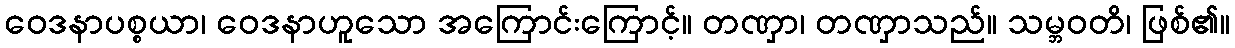
ဝေဒနာပစ္စယာ၊ ဝေဒနာဟူသော အကြောင်းကြောင့်။ တဏှာ၊ တဏှာသည်။ သမ္ဘဝတိ၊ ဖြစ်၏။